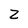
Character: Z